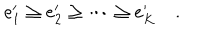
LaTeX: e _ { 1 } ^ { \prime } \ge e _ { 2 } ^ { \prime } \ge \cdots \ge e _ { K } ^ { \prime } \quad .